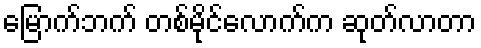
မြောက်ဘက် တစ်မိုင်လောက်က ဆုတ်လာတာ